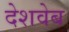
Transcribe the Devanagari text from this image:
देशवेब